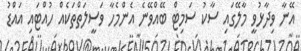
އޭނާ ވިދާޅުވީ މާލޭގައި ސާކު ސަމިޓް ބޭއްވޭނެ އެންމެހާ ވަސީލަތްތަކެއް ހުއްޓައި އައްޑު